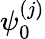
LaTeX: \psi_{0}^{(j)}